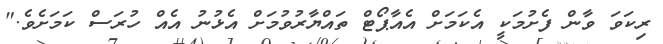
ރިކަވަ ވާން ފެށުމަކީ އެކަމަށް އެއާޕޯޓް ތައްޔާރުވުމަށް އެޅުނު އެއް ހުރަސް ކަމަށެވެ."